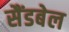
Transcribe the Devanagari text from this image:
सैंडबेल